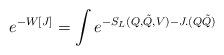
LaTeX: \begin{align*}e^{-W[J]}=\int e^{-S_{L}(Q,\tilde{Q}, V)-J.(Q\tilde{Q})}\end{align*}